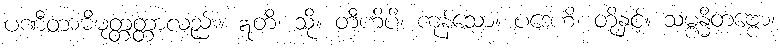
ပဏီတာဓိမုတ္တတ္တာလည်း။ ဣတိ၊ သို့။ တီဟိပိ၊ ကုန်သော။ ပဒေဟိ၊ တို့နှင့်။ သမ္ဗန္ဓိတဗ္ဗော၊